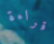
قراءة